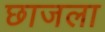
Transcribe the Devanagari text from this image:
छाजला